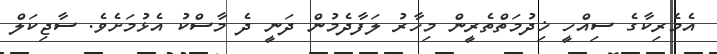
އެމެރިކާގެ ސިއްހީ ޚިދުމަތްތެރީން މިހާރު ލަފާދެމުން ދަނީ ދެ މާސްކު އެޅުމަށެވެ. ސާޖިކަލް